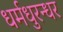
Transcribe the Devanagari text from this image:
धर्मधुरन्धर